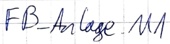
Text: FB_Anlage.M1